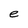
Character: e